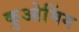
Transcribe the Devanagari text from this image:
कुओमिंग